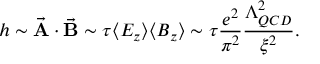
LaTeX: h \sim { \vec { \bf A } \cdot \vec { \bf B } } \sim \tau \langle E _ { z } \rangle \langle B _ { z } \rangle \sim \tau \frac { e ^ { 2 } } { \pi ^ { 2 } } \frac { \Lambda _ { Q C D } ^ { 2 } } { { \xi } ^ { 2 } } .